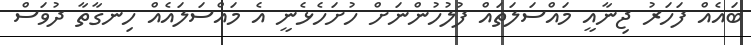
ބައެއް ފަހަރު ޖިނާއީ މައްސަލަތައް ފުލުހުންނަށް ހުށަހެޅެނީ އެ މައްސަލައެއް ހިނގާތާ ދުވަސް